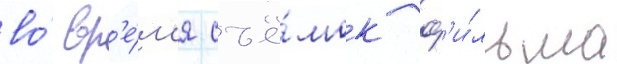
во́ вр'е́м'я съё́мок ф'и́льма